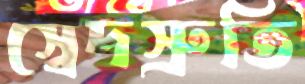
স্বেদস্রুতি